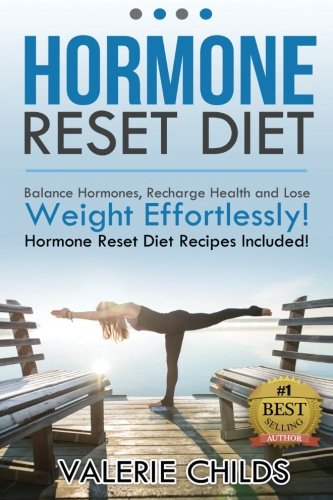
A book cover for Hormone Reset Diet: Balance Hormones, Recharge Health and Lose Weight Effortlessly! Hormone Reset Diet Recipes Included!; Valerie Childs; Health, Fitness & Dieting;